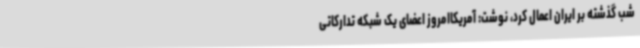
شب گذشته بر ایران اعمال کرد، نوشت: آمریکاامروز اعضای یک شبکه تدارکاتی